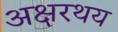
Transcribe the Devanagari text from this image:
अक्षरथय